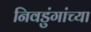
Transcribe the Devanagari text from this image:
निवडुंगांच्या